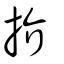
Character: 扴